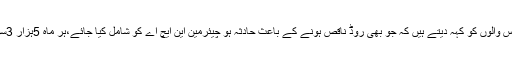
جسٹس گلزار احمد نے کہاکہ پولیس والوں کو کہہ دیتے ہیں کہ جو بھی روڈ ناقص ہونے کے باعث حادثہ ہو چیئرمین این ایچ اے کو شامل کیا جائے،ہر ماہ 5ہزار 3سو مقدمات آپ کے اوپر آئیں گے ۔